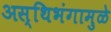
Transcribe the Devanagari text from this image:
अस्थिभंगामुळे